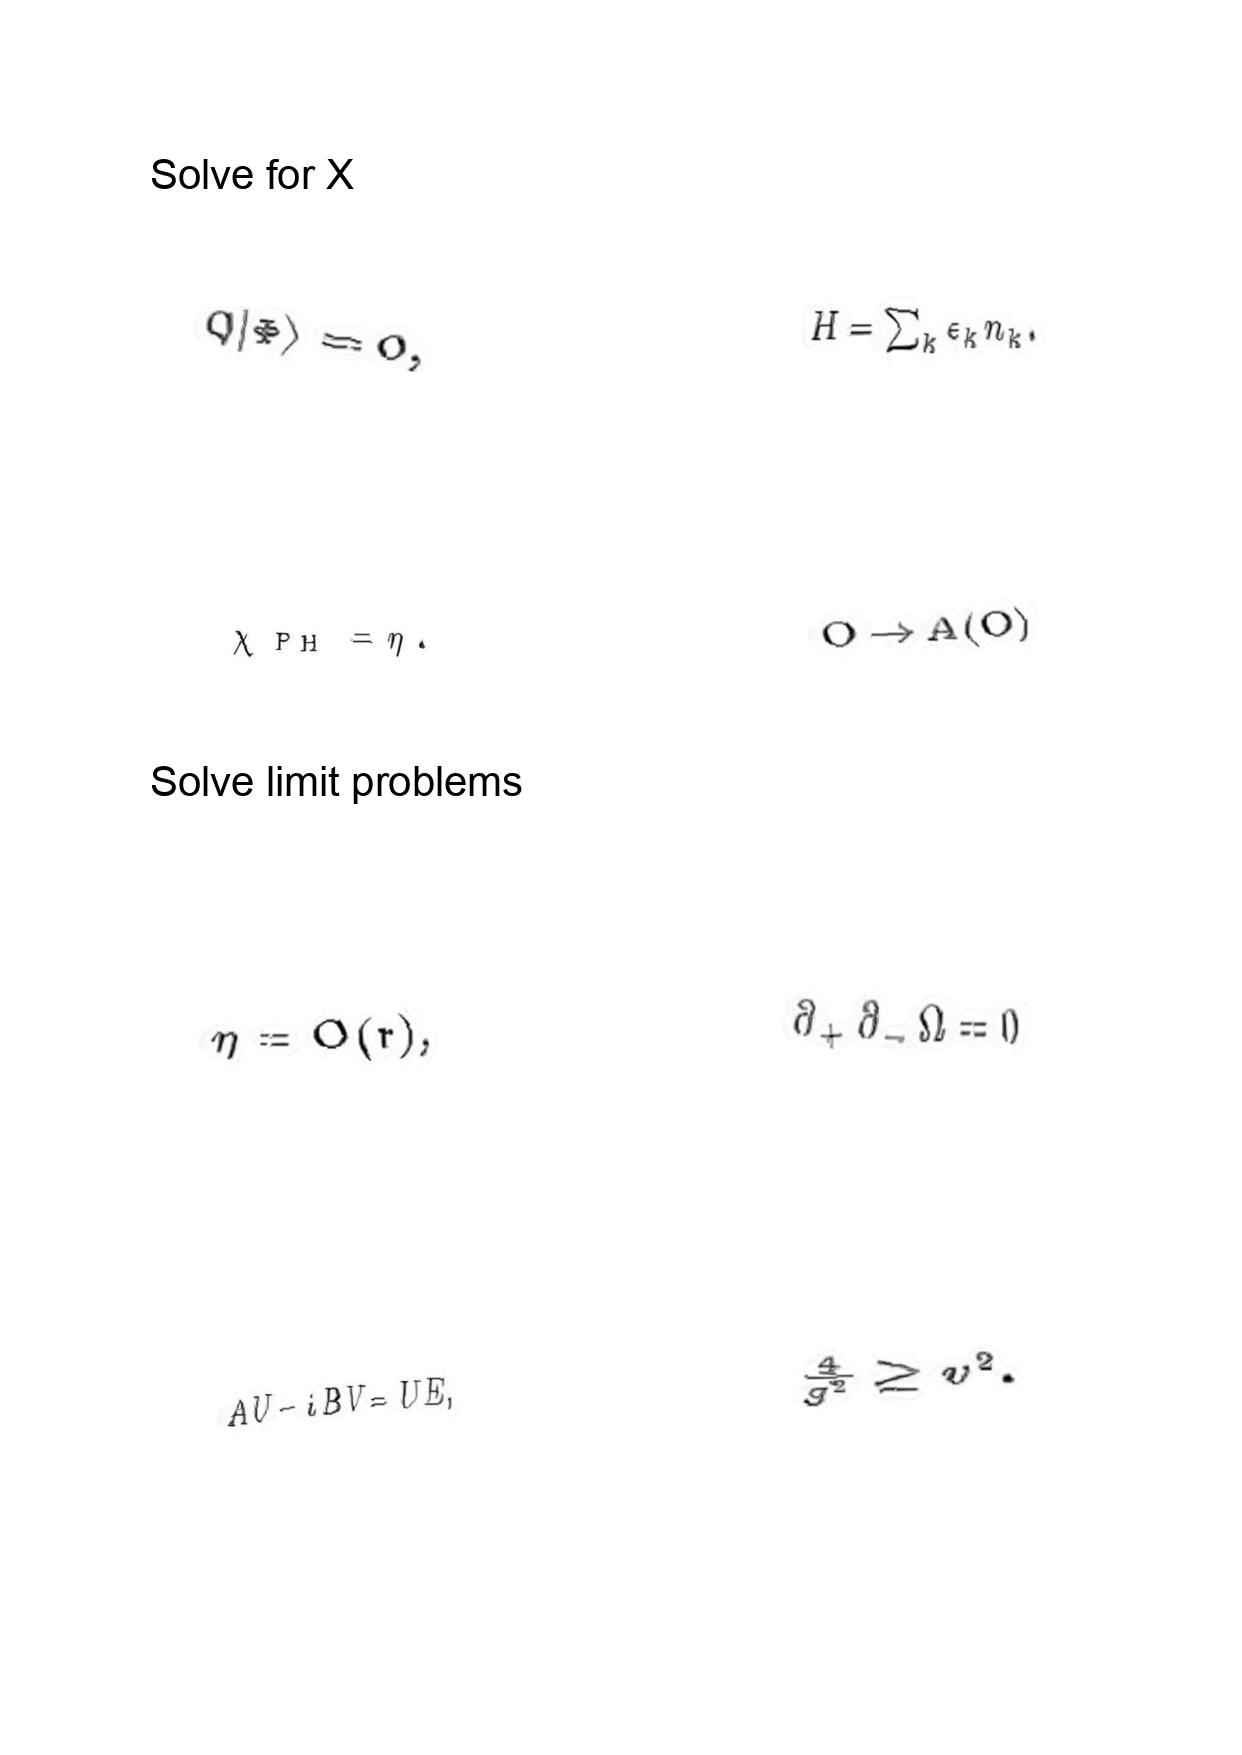
LaTeX transcription:
Q \vert \Phi \rangle = 0 ,
\chi _ { \mathrm { P H } } = \eta .
\eta = O \lparen r \rparen ,
A U - i B V = U E ,
H = \sum _ { k } \epsilon _ { k } n _ { k } .
O \rightarrow A \lparen O \rparen
\partial _ { + } \partial _ { - } \Omega = 0
\frac { 4 } { g ^ { 2 } } \geq v ^ { 2 } .